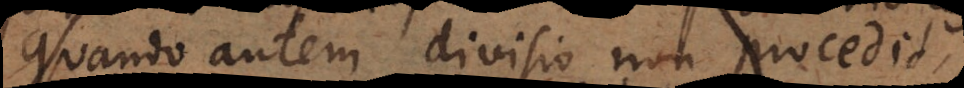
Quando autem divisio non procedit,